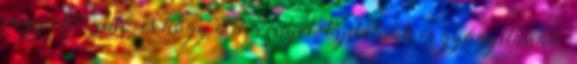
vagy időrabló, és hogy a növények táplálnak és gyógyítanak.